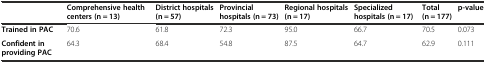
<table><thead><tr><td></td><td><b>Comprehensive health centers (n = 13)</b></td><td><b>District hospitals (n = 57)</b></td><td><b>Provincial hospitals (n = 73)</b></td><td><b>Regional hospitals (n = 17)</b></td><td><b>Specialized hospitals (n = 17)</b></td><td><b>Total (n = 177)</b></td><td><b>p-value</b></td></tr></thead><tbody><tr><td><b>Trained in PAC</b></td><td>70.6</td><td>61.8</td><td>72.3</td><td>95.0</td><td>66.7</td><td>70.5</td><td>0.073</td></tr><tr><td><b>Confident in providing PAC</b></td><td>64.3</td><td>68.4</td><td>54.8</td><td>87.5</td><td>64.7</td><td>62.9</td><td>0.111</td></tr></tbody></table>